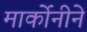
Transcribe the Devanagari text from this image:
मार्कोनीने